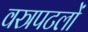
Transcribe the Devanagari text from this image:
वस्त्रपटलों